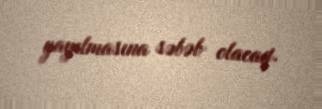
yayılmasına səbəb olacaq.